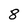
Character: 8